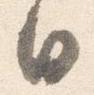
日